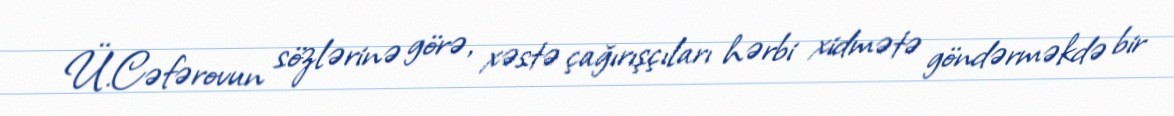
Ü.Cəfərovun sözlərinə görə, xəstə çağırışçıları hərbi xidmətə göndərməkdə bir